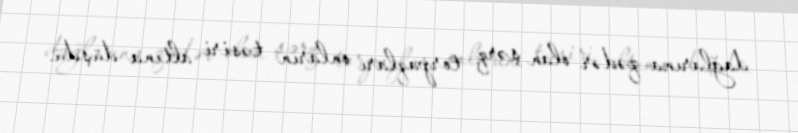
dağlarına qədər olan şərq torpaqları onların təsiri altına düşdü.